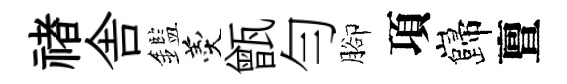
禇舎鑑羹甑勻腳項巋亶